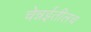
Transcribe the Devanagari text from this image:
चेन्नईतीलच